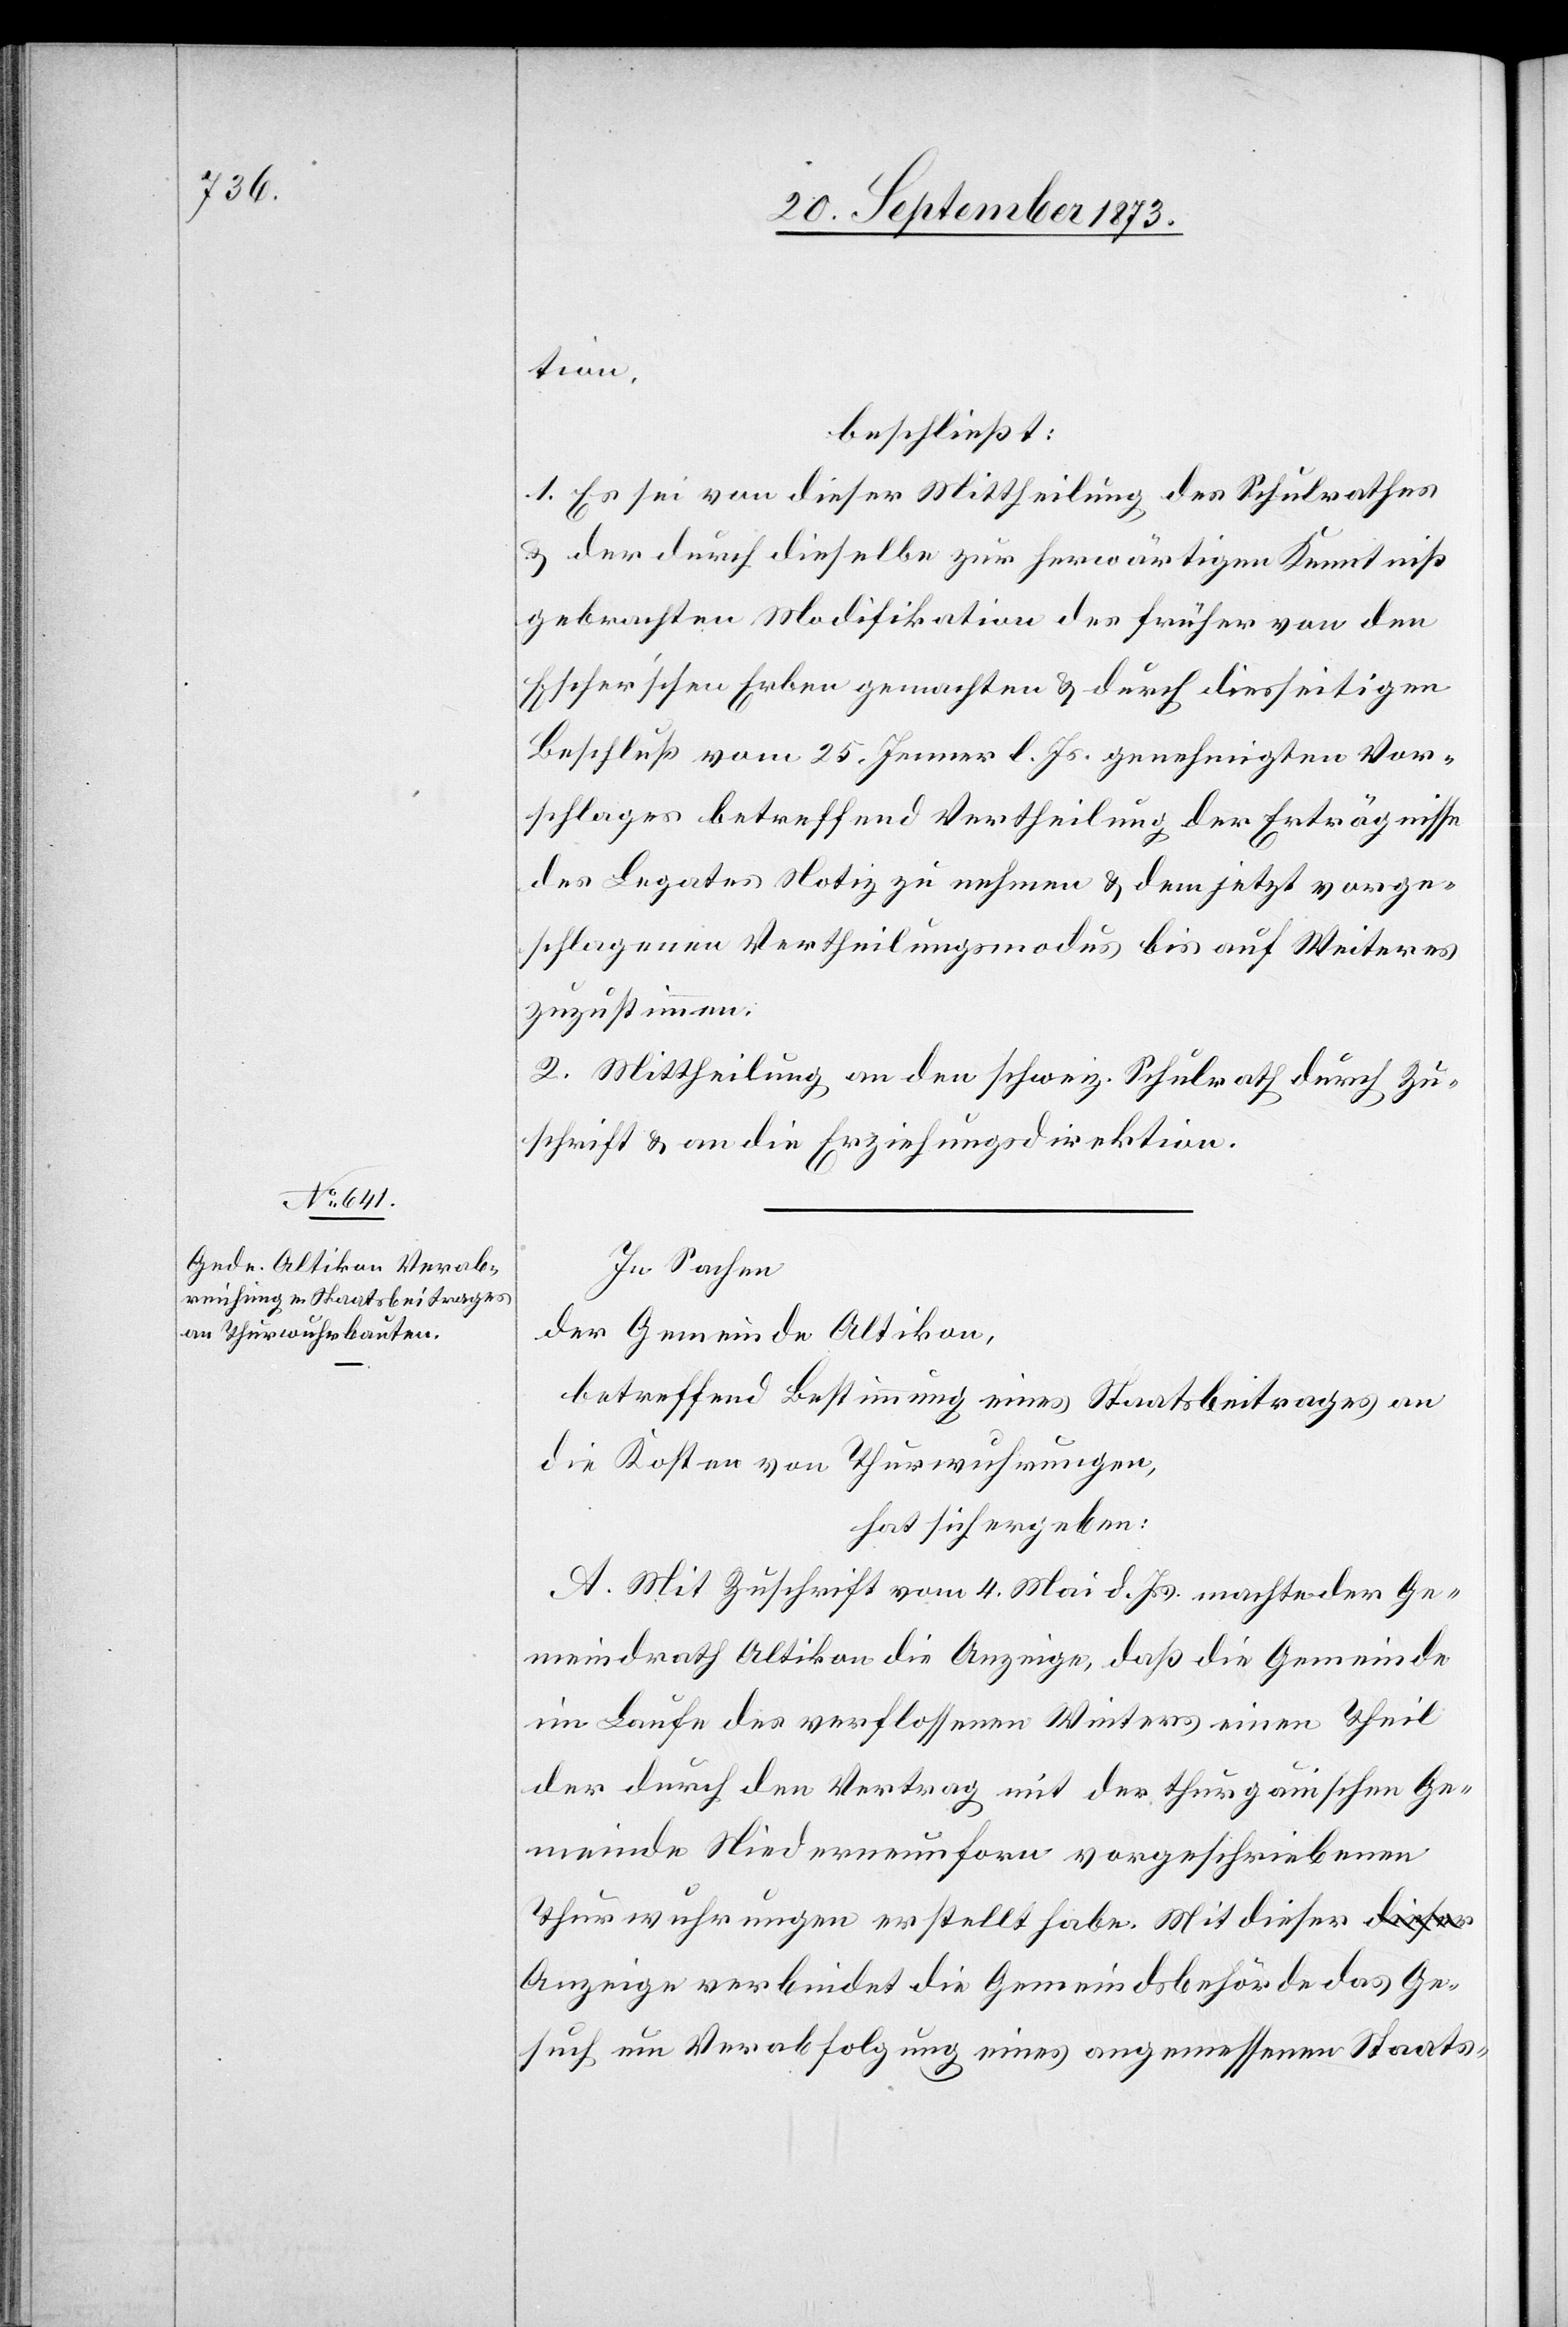
tion,
beschließt:
1. Es sei von dieser Mittheilung des Schulrathes
& der durch dieselbe zur herwärtigen Kenntniß
gebrachten Modifikation des früher von den
Escher’schen Erben gemachten & durch diesseitigen
Beschluß vom 25. Jenner l. Js. genehmigten Vor¬
schlages betreffend Vertheilung der Erträgnisse
des Legates Notiz zu nehmen & dem jetzt vorge¬
schlagenen Vertheilungsmodus bis auf Weiteres
zuzustimmen.
2. Mittheilung an den schweiz. Schulrath durch Zu¬
schrift & an die Erziehungsdirektion.
In Sachen
der Gemeinde Altikon,
betreffend Bestimmung eines Staatsbeitrages an
die Kosten von Thurwuhrungen,
hat sich ergeben:
A. Mit Zuschrift vom 4. Mai d. Js. machte der Ge¬
meindrath Altikon die Anzeige, daß die Gemeinde
im Laufe des verflossenen Winters einen Theil
der durch den Vertrag mit der thurgauischen Ge¬
meinde Niederneunforn vorgeschriebenen
Thurwuhrungen erstellt habe. Mit dieser
Anzeige verbindet die Gemeindsbehörde das Ge¬
such um Verabfolgung eines angemessenen Staats-